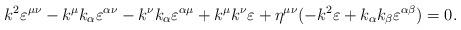
LaTeX: \begin{align*}k^2\varepsilon^{\mu\nu} - k^\mu k_\alpha \varepsilon^{\alpha \nu} - k^\nu k_\alpha \varepsilon^{\alpha \mu }+ k^\mu k^\nu \varepsilon +\eta^{\mu\nu}(-k^2 \varepsilon +k_\alpha k_\beta \varepsilon^{\alpha \beta}) = 0.\end{align*}